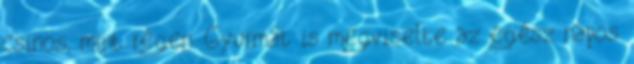
csinos, mint régen. Gyurmát is megviselte az egész napos